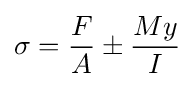
\sigma ={F \over A}\pm {\frac {My}{I}}